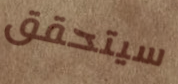
سيتحقق